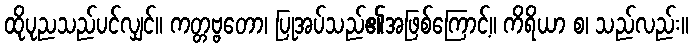
ထိုပုညသည်ပင်လျှင်။ ကတ္တဗ္ဗတော၊ ပြုအပ်သည်၏အဖြစ်ကြောင့်။ ကိရိယာ စ၊ သည်လည်း။